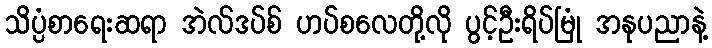
သိပ္ပံစာရေးဆရာ အဲလ်ဒပ်စ် ဟပ်စလေတို့လို ပွင့်ဦးရိပ်မြုံ အနုပညာနဲ့